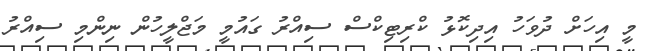
މީ އިހަށް ދުވަހު އިދިކޮޅު ކްރިޓިކްސް ސިއްރު ގައުމީ މަޖްލީހުން ނިންމި ސިއްރު